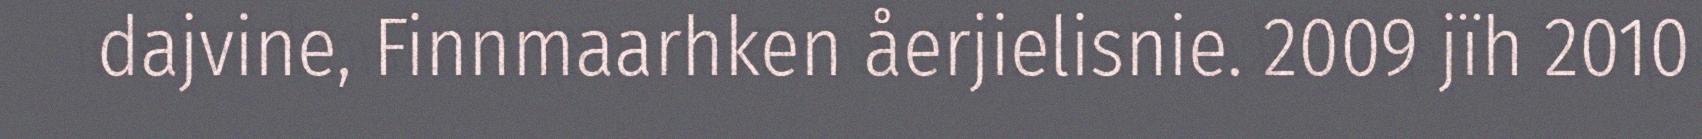
dajvine, Finnmaarhken åerjielisnie. 2009 jïh 2010